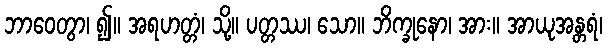
ဘာဝေတွာ၊ ၍။ အရဟတ္တံ၊ သို့။ ပတ္တဿ၊ သော။ ဘိက္ခုနော၊ အား။ အာယုအန္တရံ၊